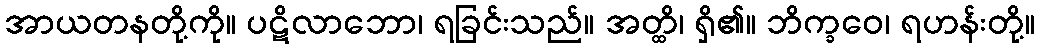
အာယတနတို့ကို။ ပဋိလာဘော၊ ရခြင်းသည်။ အတ္ထိ၊ ရှိ၏။ ဘိက္ခဝေ၊ ရဟန်းတို့။